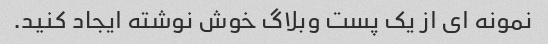
نمونه ای از یک پست وبلاگ خوش نوشته ایجاد کنید.